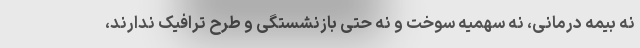
نه بیمه درمانی، نه سهمیه سوخت و نه حتی بازنشستگی و طرح ترافیک ندارند،